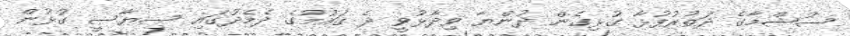
ސުޝްމާގެ ދަތުރުފުޅާ ގުޅިގެން ދުންޔާ ވިދާޅުވީ ދެ ގައުމުގެ ދެމެދުގައި ސިޔާސީ ގުޅުން